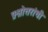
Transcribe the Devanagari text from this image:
प्रश्नोत्तरांची